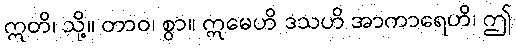
ဣတိ၊ သို့။ တာဝ၊ စွာ။ ဣမေဟိ ဒသဟိ အာကာရေဟိ၊ ဤ